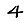
Digit: 4